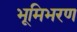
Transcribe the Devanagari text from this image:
भूमिभरण